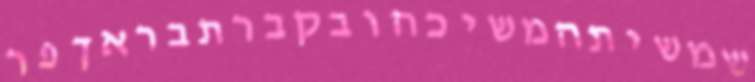
שמשיתהמשיכהובקברתבראךפר